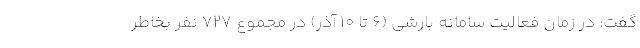
گفت: در زمان فعالیت سامانه بارشی (۶ تا ۱۰ آذر) در مجموع ۷۲۷ نفر بخاطر